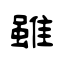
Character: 雖